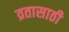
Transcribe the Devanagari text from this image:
व्रतासाठी